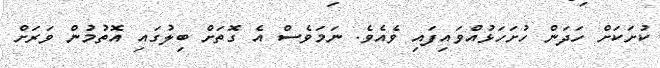
ކުށަކަށް ހަދަން ހުށަހަޅުއްވައިފައި ވެއެވެ. ނަމަވެސް އެ ގޮތަށް ބިލުގައި އޮތުމުން ވަރަށް